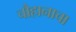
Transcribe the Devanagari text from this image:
चौहानाचा